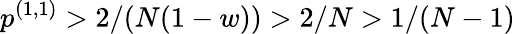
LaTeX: p^{(1,1)}>2/(N(1-w))>2/N>1/(N-1)